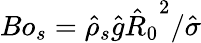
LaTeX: Bo_{s}=\hat{\rho}_{s}\hat{g}{\hat{R}_{0}}^{2}/\hat{\sigma}